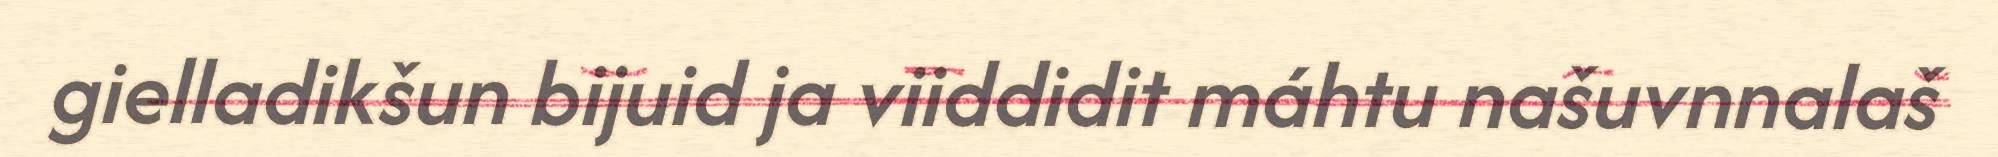
gielladikšun bijuid ja viiddidit máhtu našuvnnalaš